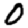
Digit: 0